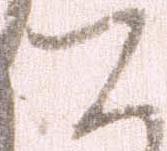
て